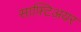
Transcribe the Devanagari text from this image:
साफ़्टिअयर